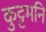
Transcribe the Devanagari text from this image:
कुट्टमनि